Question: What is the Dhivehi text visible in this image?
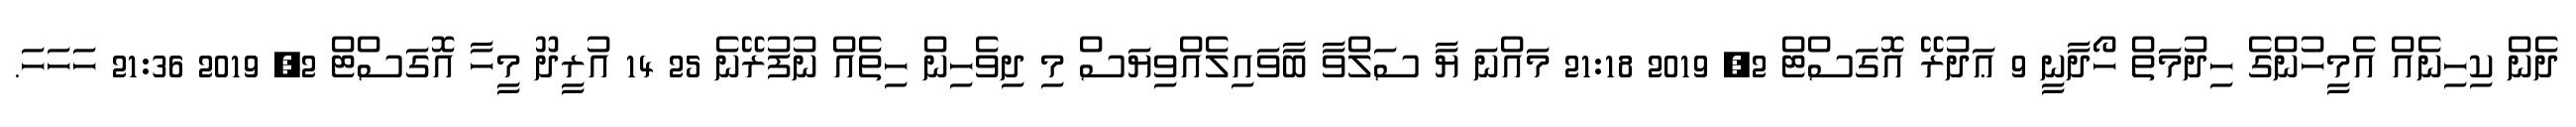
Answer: ދެން ކިހިނެއް އެމީހުންގެ ހިދުމަތް ހޯދާނީ 9 ޢަދުރޭ އޮގަސްޓް 2, 2019 21:18 މައްނަ ޔާ ސަލްވާ ބާވައިލެއްވިޔަސް މި ދިވެހިން ހިތެއް ނުފުރޭނެ 25 14 އުރީދޫ މީހާ އޮގަސްޓް 2, 2019 21:36 ހަހަހަ.